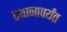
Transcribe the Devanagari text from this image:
स्थानापर्यंत